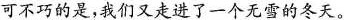
可不巧的是，我们又走进了一个无雪的冬天。